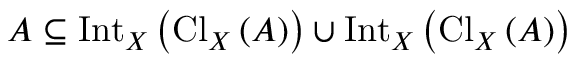
A \subseteq \operatorname { I n t } _ { X } \left( \operatorname { C l } _ { X } \left( A \right) \right) \cup \operatorname { I n t } _ { X } \left( \operatorname { C l } _ { X } \left( A \right) \right)